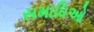
સમાધિઓ